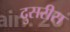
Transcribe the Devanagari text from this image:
दुसरीस